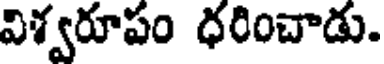
విశ్వరూపం ధరించాడు.